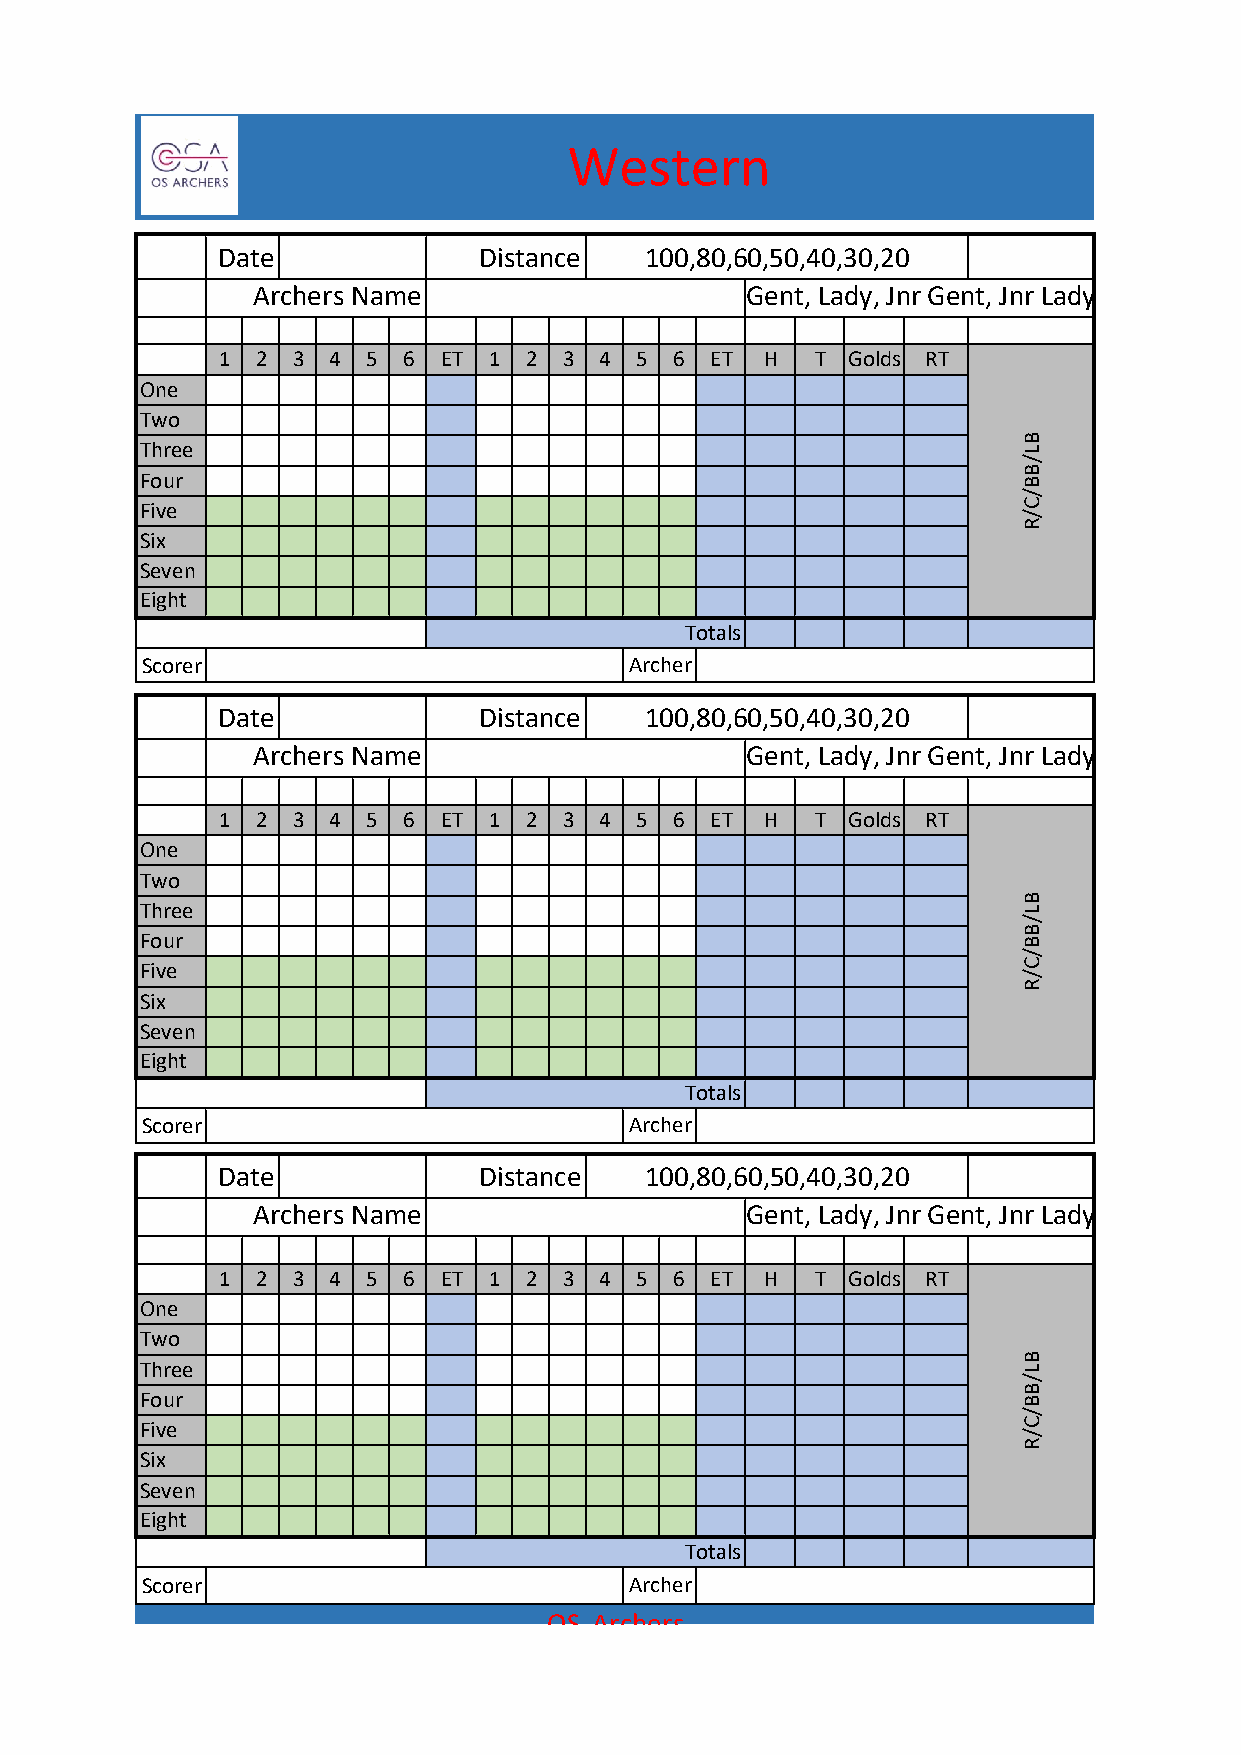
Western
 Date              Distance   100,80,60,50,40,30,20
 Archers Name                    Gent, Lady, Jnr Gent, Jnr Lady
 1  2 3  4 5  6 ET 1  2 3  4 5  6 ET  H  T Golds RT
 One
 Two
 Three
 Four
 Five
 Six
 Seven
 Eight
 Totals
 Scorer                           Archer
 Date              Distance   100,80,60,50,40,30,20
 Archers Name                    Gent, Lady, Jnr Gent, Jnr Lady
 1  2 3  4 5  6 ET 1  2 3  4 5  6 ET  H  T Golds RT
 One
 Two
 Three
 Four
 Five
 Six
 Seven
 Eight
 Totals
 Scorer                           Archer
 Date              Distance   100,80,60,50,40,30,20
 Archers Name                    Gent, Lady, Jnr Gent, Jnr Lady
 1  2 3  4 5  6 ET 1  2 3  4 5  6 ET  H  T Golds RT
 One
 Two
 Three
 Four
 Five
 Six
 Seven
 Eight
 Totals
 Scorer                           Archer
 OS Archers
 BL/BB/C/R
 BL/BB/C/R
 BL/BB/C/R